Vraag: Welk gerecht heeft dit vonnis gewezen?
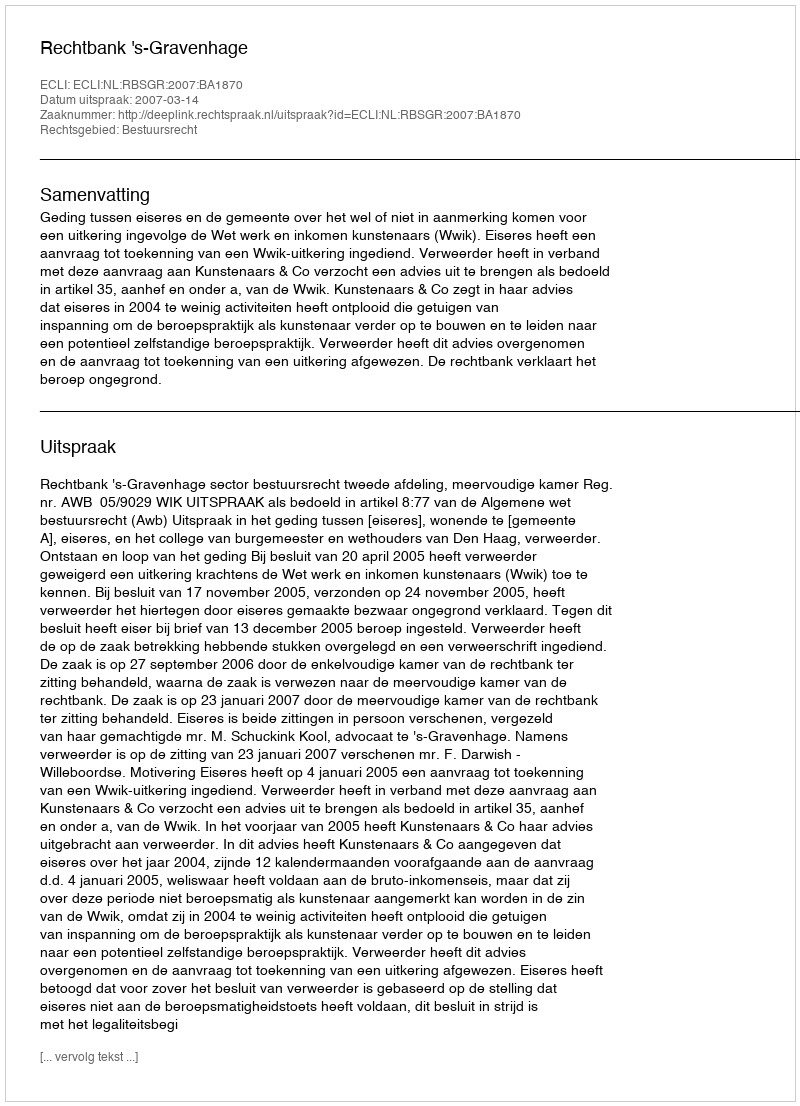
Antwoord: Rechtbank 's-Gravenhage